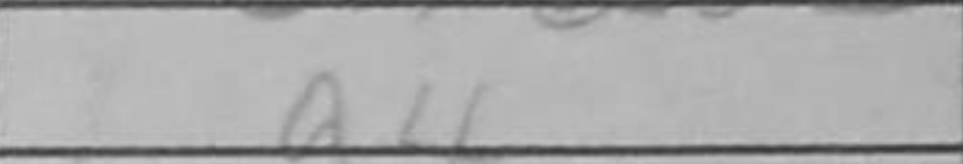
Transcription: a4